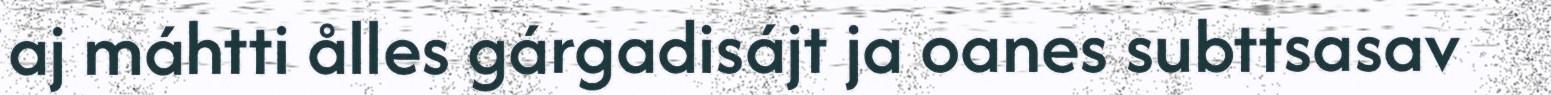
aj máhtti ålles gárgadisájt ja oanes subttsasav